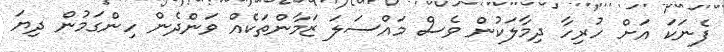
ފެނަކަ އަށް ހުރިހާ ދިމާލަކުން ވެސް މައްސަލަ ޒަމާންތަކެއް ވަންދެން ހިންގަމުން ދިޔަ